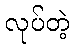
လုပ်တဲ့